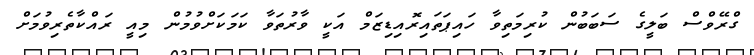
ގްރޭވްސް ބަލީގެ ސަބަބުން ކުރިމަތިވާ ހައިޕަތައިރޮއިޑިޒަމް އަކީ ވާރުތަވާ ކަމަކަށްވުމުން މިއީ ރައްކާތެރިވުމަށް